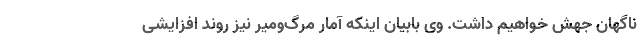
ناگهان جهش خواهیم داشت. وی بابیان اینکه آمار مرگ‌ومیر نیز روند افزایشی